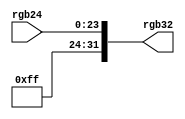
`timescale 1ns / 1ps
/*******************************MILIANKE*******************************
*Company:MiLianKeElectronicTechnologyCo.,Ltd.
*WebSite:https://www.milianke.com
*TechWeb:https://www.uisrc.com
*tmall-shop:https://milianke.tmall.com
*jd-shop:https://milianke.jd.com
*taobao-shop1:https://milianke.taobao.com
*ModuleName:dprgb24to36
*Description:
*ThereferencedemoprovidedbyMiliankeisonlyusedforlearning.
*Wecannotensurethatthedemoitselfisfreeofbugs,sousers
*shouldberesponsibleforthetechnicalproblemsandconsequences
*causedbytheuseoftheirownproducts.
*Copyright:Copyright(c)MiLianKe
*Allrightsreserved.
*Revision:1.0
*Signaldescription
*1)_iinput
*2)_ooutput
*3)_nactivlow
*4)_dgdebugsignal
*5)_rdelayorregister
*6)_sstatemechine
*********************************************************************/
module rgb24to32
(
input  [23:0] rgb24,
output [31:0] rgb32
);

assign rgb32= {8'hff,rgb24[23:0]};

endmodule